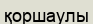
қоршаулы